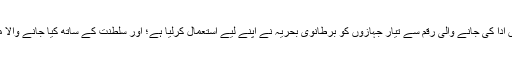
برطانیہ کو جدید بحری جہازوں کی مد میں ادا کی جانے والی رقم سے تیار جہازوں کو برطانوی بحریہ نے اپنے لیے استعمال کرلیا ہے؛ اور سلطنت کے ساتھ کیا جانے والا معاہدہ ردی کی ٹوکری میں پھینک دیا ہے۔